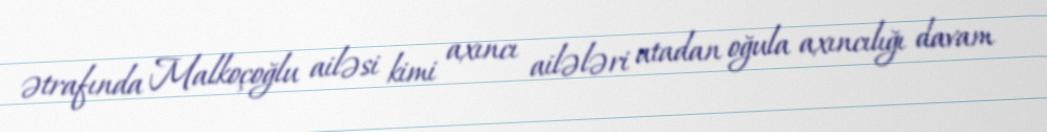
ətrafında Malkoçoğlu ailəsi kimi axıncı ailələri atadan oğula axıncılığı davam